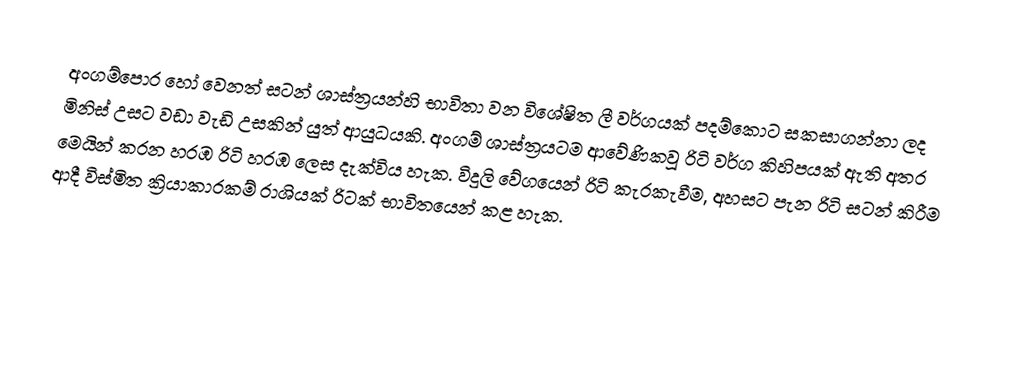
අංගම්පොර හෝ වෙනත් සටන් ශාස්ත්‍රයන්හි භාවිතා වන විශේෂිත ලී වර්ගයක් පදම්කොට සකසාගන්නා ලද මිනිස් උසට වඩා වැඩි උසකින් යුත් ආයුධයකි. අංගම් ශාස්ත්‍රයටම ආවේණිකවූ රිටි වර්ග කිහිපයක් ඇති අතර මෙයින් කරන හරඹ රිටි හරඹ ලෙස දැක්විය හැක. විදුලි වේගයෙන් රිටි කැරකැවීම, අහසට පැන රිටි සටන් කිරීම ආදී විස්මිත ක්‍රියාකාරකම් රාශියක් රිටක් භාවිතයෙන් කළ හැක.